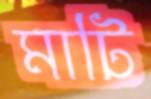
মাটি